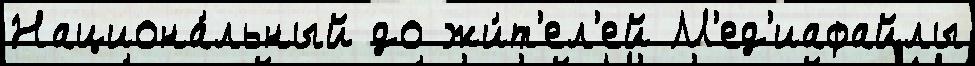
Национа́льный до жи́т'ел'ей М'ед'иафайлы